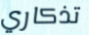
تذكاري